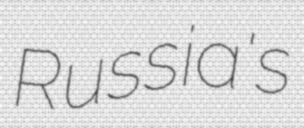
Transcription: Russia's